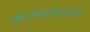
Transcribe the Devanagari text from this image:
मुख्यप्रवाहीकरणाचे